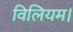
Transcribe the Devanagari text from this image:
विलियम।